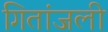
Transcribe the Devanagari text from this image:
गितांजली